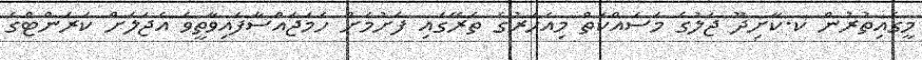
މީގެއިތުރުން ކ.ކާށިދޫ ޖަލުގެ މަސައްކަތް މިއަހަރުގެ ތެރޭގައި ފެށުމަށް ހަމަޖައްސާފައިވާތީވެ އެޖަލަށް ކަރަންޓްގެ